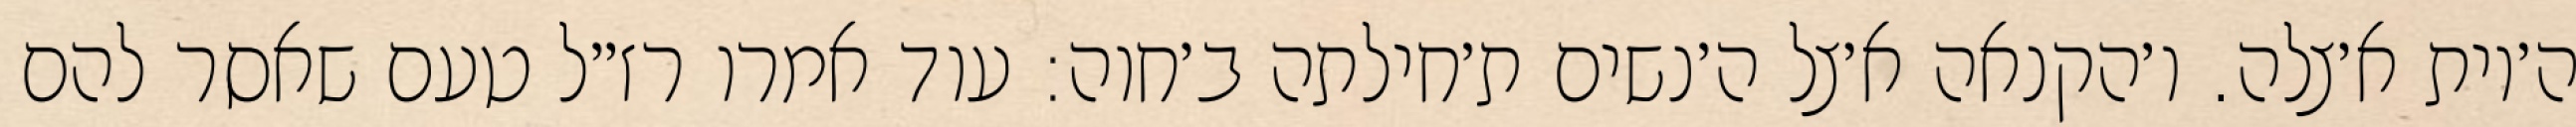
ה׳יות א׳צלה. ו׳הקנאה א׳צל ה׳נשים ת׳חילתה ב׳חוה: עוד אמרו רז״ל טעם שאסר להם